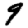
Digit: 9